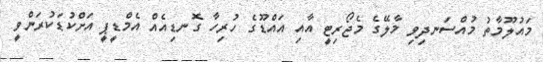
މައުލޫމާތު މުއްސަނދިވި މާލޭގެ މެޖޯރިޓީ އާއި އައްޑޫގެ ހުރިހާ ގޮނޑިއެއް އެމްޑީޕީ އަށްކުޑަކުރަންވީ